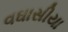
વઘાસીયા